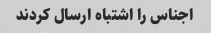
اجناس را اشتباه ارسال کردند